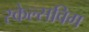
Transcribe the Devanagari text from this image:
स्केल्सविग